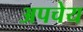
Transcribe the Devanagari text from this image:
अपचेय